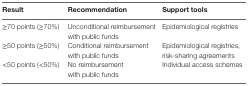
<table><thead><tr><td><b>Result</b></td><td><b>Recommendation</b></td><td><b>Support tools</b></td></tr></thead><tbody><tr><td>≥70 points (≥70%)</td><td>Unconditional reimbursement with public funds</td><td>Epidemiological registries</td></tr><tr><td>≥50 points (≥50%)</td><td>Conditional reimbursement with public funds</td><td>Epidemiological registries, risk-sharing agreements</td></tr><tr><td>&lt;50 points (&lt;50%)</td><td>No reimbursement with public funds</td><td>Individual access schemes</td></tr></tbody></table>